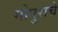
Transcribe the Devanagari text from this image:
गोपुराचे